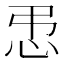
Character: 𪫥